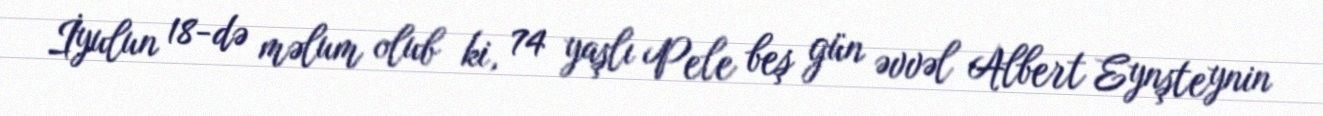
İyulun 18-də məlum olub ki, 74 yaşlı Pele beş gün əvvəl Albert Eynşteynin